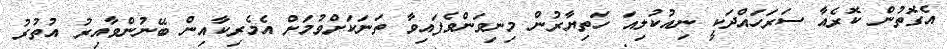
އެގޮތުން ކޮރެއާ ސަރަހައްދަކީ ނިއުކުލިއަ ހަތިޔާރުން މިނިވަންވެފައިވާ ތަނަކަށްވުމަށް އެމެރިކާއިން ބޭނުންވާއިރު އުތުރު